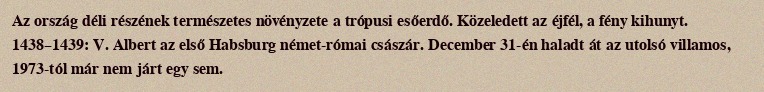
Az ország déli részének természetes növényzete a trópusi esőerdő. Közeledett az éjfél, a fény kihunyt. 1438–1439: V. Albert az első Habsburg német-római császár. December 31-én haladt át az utolsó villamos, 1973-tól már nem járt egy sem.